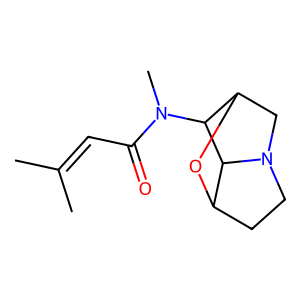
SMILES: CC(C)=CC(=O)N(C)C1C2CN3CCC(O2)C13
Inhibits HIV replication: No